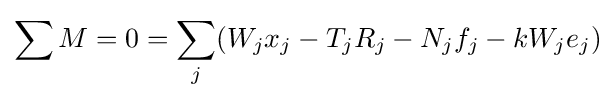
\sum M=0=\sum _{j}(W_{j}x_{j}-T_{j}R_{j}-N_{j}f_{j}-kW_{j}e_{j})